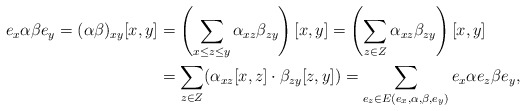
\begin{align*} e_x\alpha\beta e_y=(\alpha\beta)_{xy}[x,y]&=\left(\sum_{x\le z\le y}\alpha_{xz}\beta_{zy}\right)[x,y]=\left(\sum_{z\in Z}\alpha_{xz}\beta_{zy}\right)[x,y]\\ &=\sum_{z\in Z}(\alpha_{xz}[x,z]\cdot\beta_{zy}[z,y])=\sum_{e_z\in E(e_x,\alpha,\beta,e_y)}e_x\alpha e_z\beta e_y,\end{align*}